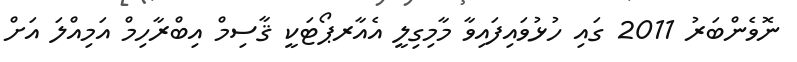
ނޮވެންބަރު 2011 ގައި ހުޅުވައިފައިވާ މާމިގިލީ އެއާރޕޯޓަކީ ޤާސިމް އިބްރާހިމް އަމިއްލަ އަށް